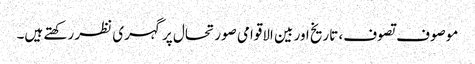
موصوف تصوف، تاریخ اور بین الاقوامی صورتحال پر گہری نظر رکھتے ہیں۔